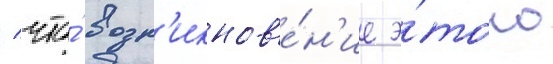
/ что́ возн'икнов'е́н'ие э́того